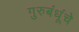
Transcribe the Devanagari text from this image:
गुरुबंधूंचे